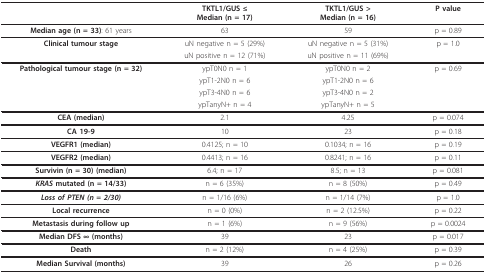
|  | TKTL1/GUS ≤Median (n = 17) | TKTL1/GUS >Median (n = 16) | P value |
 | --- | --- | --- | --- |
 | Median age (n = 33): 61 years | 63 | 59 | p = 0.89 |
 | Clinical tumour stage | uN negative n = 5 (29%) | uN negative n = 5 (31%) | p = 1.0 |
 |  | uN positive n = 12 (71%) | uN positive n = 11 (69%) |  |
 | Pathological tumour stage (n = 32) | ypT0N0 n = 1 | ypT0N0 n = 2 | p = 0.69 |
 |  | ypT1-2N0 n = 6 | ypT1-2N0 n = 6 |  |
 |  | ypT3-4N0 n = 6 | ypT3-4N0 n = 2 |  |
 |  | ypTanyN+ n = 4 | ypTanyN+ n = 5 |  |
 | CEA (median) | 2.1 | 4.25 | p = 0.074 |
 | CA 19-9 | 10 | 23 | p = 0.18 |
 | VEGFR1 (median) | 0.4125; n = 10 | 0.1034; n = 16 | p = 0.19 |
 | VEGFR2 (median) | 0.4413; n = 16 | 0.8241; n = 16 | p = 0.11 |
 | Survivin (n = 30) (median) | 6.4; n = 17 | 8.5; n = 13 | p = 0.081 |
 | KRAS mutated (n = 14/33) | n = 6 (35%) | n = 8 (50%) | p = 0.49 |
 | Loss of PTEN (n = 2/30) | n = 1/16 (6%) | n = 1/14 (7%) | p = 1.0 |
 | Local recurrence | n = 0 (0%) | n = 2 (12.5%) | p = 0.22 |
 | Metastasis during follow up | n = 1 (6%) | n = 9 (56%) | p = 0.0024 |
 | Median DFS ∞ (months) | 39 | 23 | p = 0.017 |
 | Death | n = 2 (12%) | n = 4 (25%) | p = 0.39 |
 | Median Survival (months) | 39 | 26 | p = 0.26 |